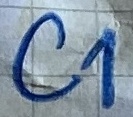
Text: C1